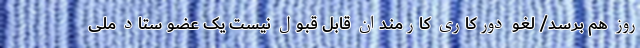
روز هم برسد/ لغو دورکاری کارمندان قابل قبول نیست یک عضو ستاد ملی